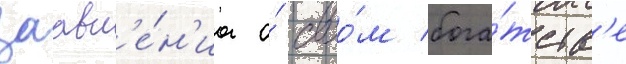
заавл'е́н'иа о́ своо́м бога́тств'е